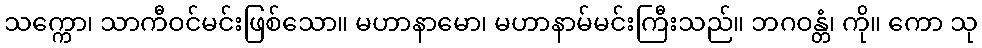
သက္ကော၊ သာကီဝင်မင်းဖြစ်သော။ မဟာနာမော၊ မဟာနာမ်မင်းကြီးသည်။ ဘဂဝန္တံ၊ ကို။ ကော သု